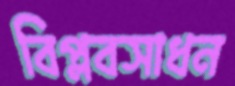
বিপ্লবসাধন